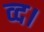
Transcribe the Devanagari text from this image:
व्द।